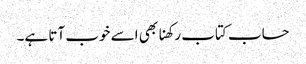
حساب کتاب رکھنا بھی اسے خوب آتا ہے۔